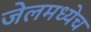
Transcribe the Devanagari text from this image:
जेलमध्येच